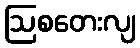
ဩစတေးလျ